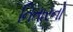
નિતારનો